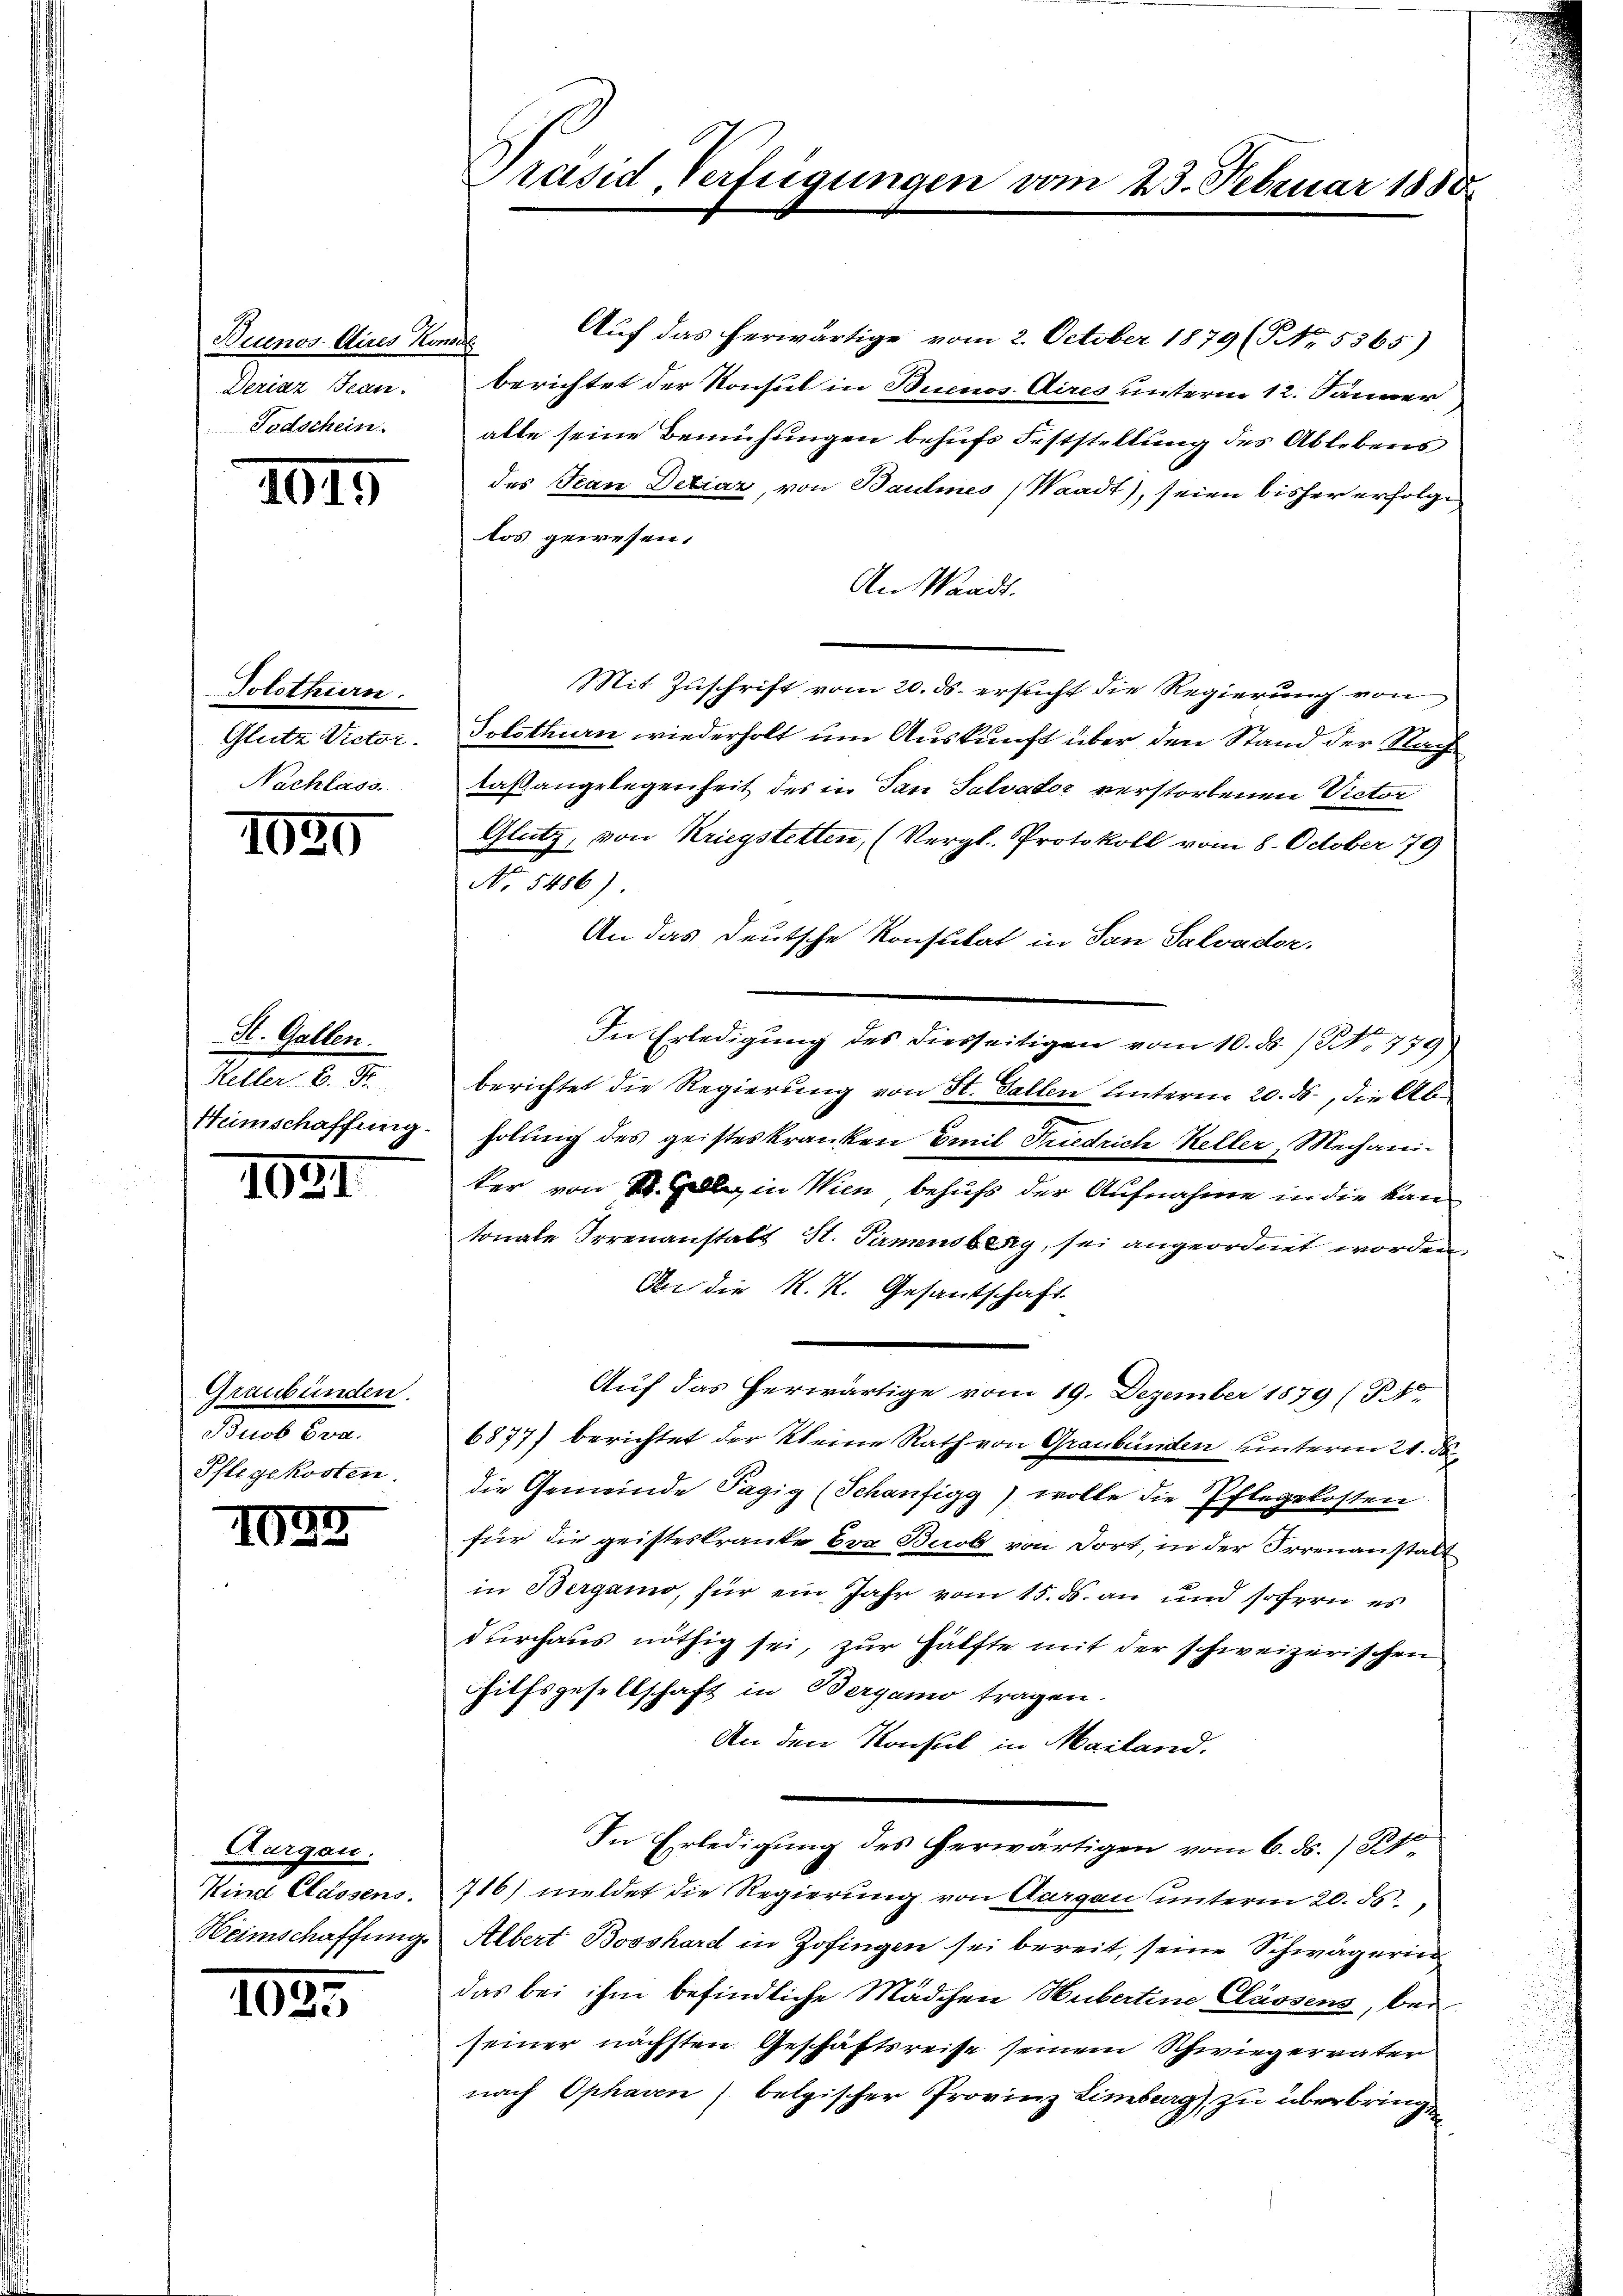
Buenos-Aires Kor
Deriaz Jean
Todschein.

1015

Solothurn.
Glutz Victor.
Nachlass.

1090

St. Gallen.
Keller B. Fr.
Heimschaffung.

1021.

Graubünden.
Buob Eva.
Pflegekosten.

7
102

Thurgau.
Kind Classens.
Heimschaffung.

1023

Präsid, Verfügungen vom 23. Februar 1880

Auf das herwärtige vom 2. October 1879 (NNo. 5365)
¬
berichtet der Konsul in Buenos Aires unterm 12. Jänner
alle seine Bemühungen behufs Feststellung des Ablebens
des Jean Deliaz, von Baulines Waadt), seien bisher erfolge
los gewesen.
An Waadt.
Mit Zuschrift vom 20. ds. ersucht die Regierung von
Solothurn wiederholt um Auskunft über den Stand der Nachlaßangelegenheit des in San Salvator verstorbenen Victor
Glutz, von Kriegstetten, (Vergl. Protokoll vom 8. October 79
No. 5486).
An das deutsche Konstitat in San Salvador
In Erledigung des diesseitigen vom 10. ds. / No. 779
berichtet die Regierung von St. Gallen hinterm 20. ds., die Abholung des geisteskranken Emil Friedrich Keller, Mechaniker von St. Galle in Wien behufs der Aufnahme in die kantonale Irrenanstalt St. Pirmensberg sei angeordnet worden.
Aber die K. K. Gesandtschaft.
Auf das herwärtige vom 19. Dezember 1879 (P.No
6877) berichtet der Kleine Rath von Graubünden unterm 21. d.
die Gemeinde Pagig (Schaufigg) wolle die Pflegekosten
für die geisteskranke Eva Buob von dort, in der Irrenanstalt
in Bergamo, für ein Jahr vom 15. ds. an und sofern es
durchaus nöthig sei, zur Hälfte mit der schweizerischen
Hilfsgesellschaft in Bergamo tragen.
An den Konsul in Mailand.
In Erledigung des herwärtigen vom 6. ds. / Kt.
716) meldet die Regierung von Aargau unterm 20. ds.
Albert Bosshard in Zofingen sei bereit, seine Schwägerin
das bei ihm befindliche Mädchen Hubertine Classens, bei
seiner nächsten Geschäftsreise seinem Schwiegervater
nach Ophaven) belgischer Provinz Lineburg), zu überbringe